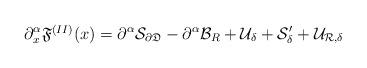
LaTeX: \begin{align*} \partial^\alpha _x\mbox{$\mathfrak F^{(II)}$} (x)=\partial^\alpha\mathcal S_{\partial\mathfrak D} -\partial^\alpha{\mathcal B_{ R}}+\mathcal U_{\delta}+{\mathcal S}_{\delta}' + \cal U_{R,\delta} \end{align*}